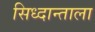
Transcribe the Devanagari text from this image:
सिध्दान्ताला